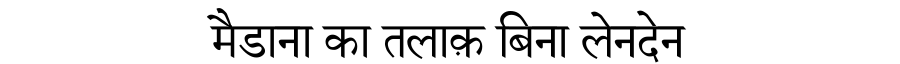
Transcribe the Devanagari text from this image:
मैडाना का तलाक़ बिना लेनदेन